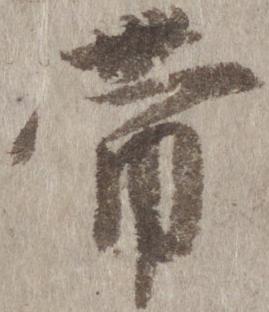
帯